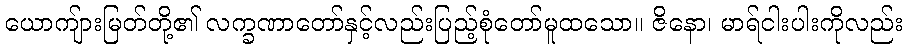
ယောကျ်ားမြတ်တို့၏ လက္ခဏာတော်နှင့်လည်းပြည့်စုံတော်မူထသော။ ဇိနော၊ မာရ်ငါးပါးကိုလည်း